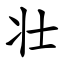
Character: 壮